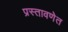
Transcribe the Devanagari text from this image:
प्रस्तावणेत